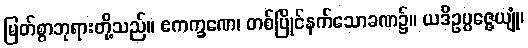
မြတ်စွာဘုရားတို့သည်။ ဧကက္ခဏေ၊ တစ်ပြိုင်နက်သောခဏ၌။ ယဒိဥပ္ပဇ္ဇေယျုံ၊